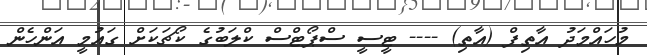
މުހައްމަދު އާތިފް (އާތި) ---- ޓީސީ ސްޕޯޓްސް ކްލަބުގެ ކޯޗަކަށް ގައުމީ އަންހެން